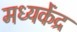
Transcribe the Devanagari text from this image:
मध्यकेंद्र